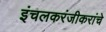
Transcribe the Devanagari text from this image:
इंचलकरंजीकरांचे